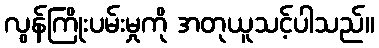
လွန်ကြိုးပမ်းမှုကို အတုယူသင့်ပါသည်။